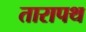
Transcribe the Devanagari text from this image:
तारापथ